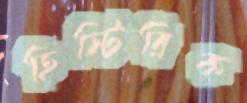
হিস্টিরিক